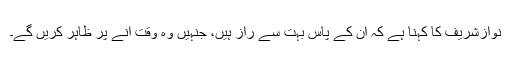
نوازشریف کا کہنا ہے کہ اُن کے پاس بہت سے راز ہیں، جنہیں وہ وقت آنے پر ظاہر کریں گے۔